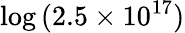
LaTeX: \log\, (2.5\times 10^{17})